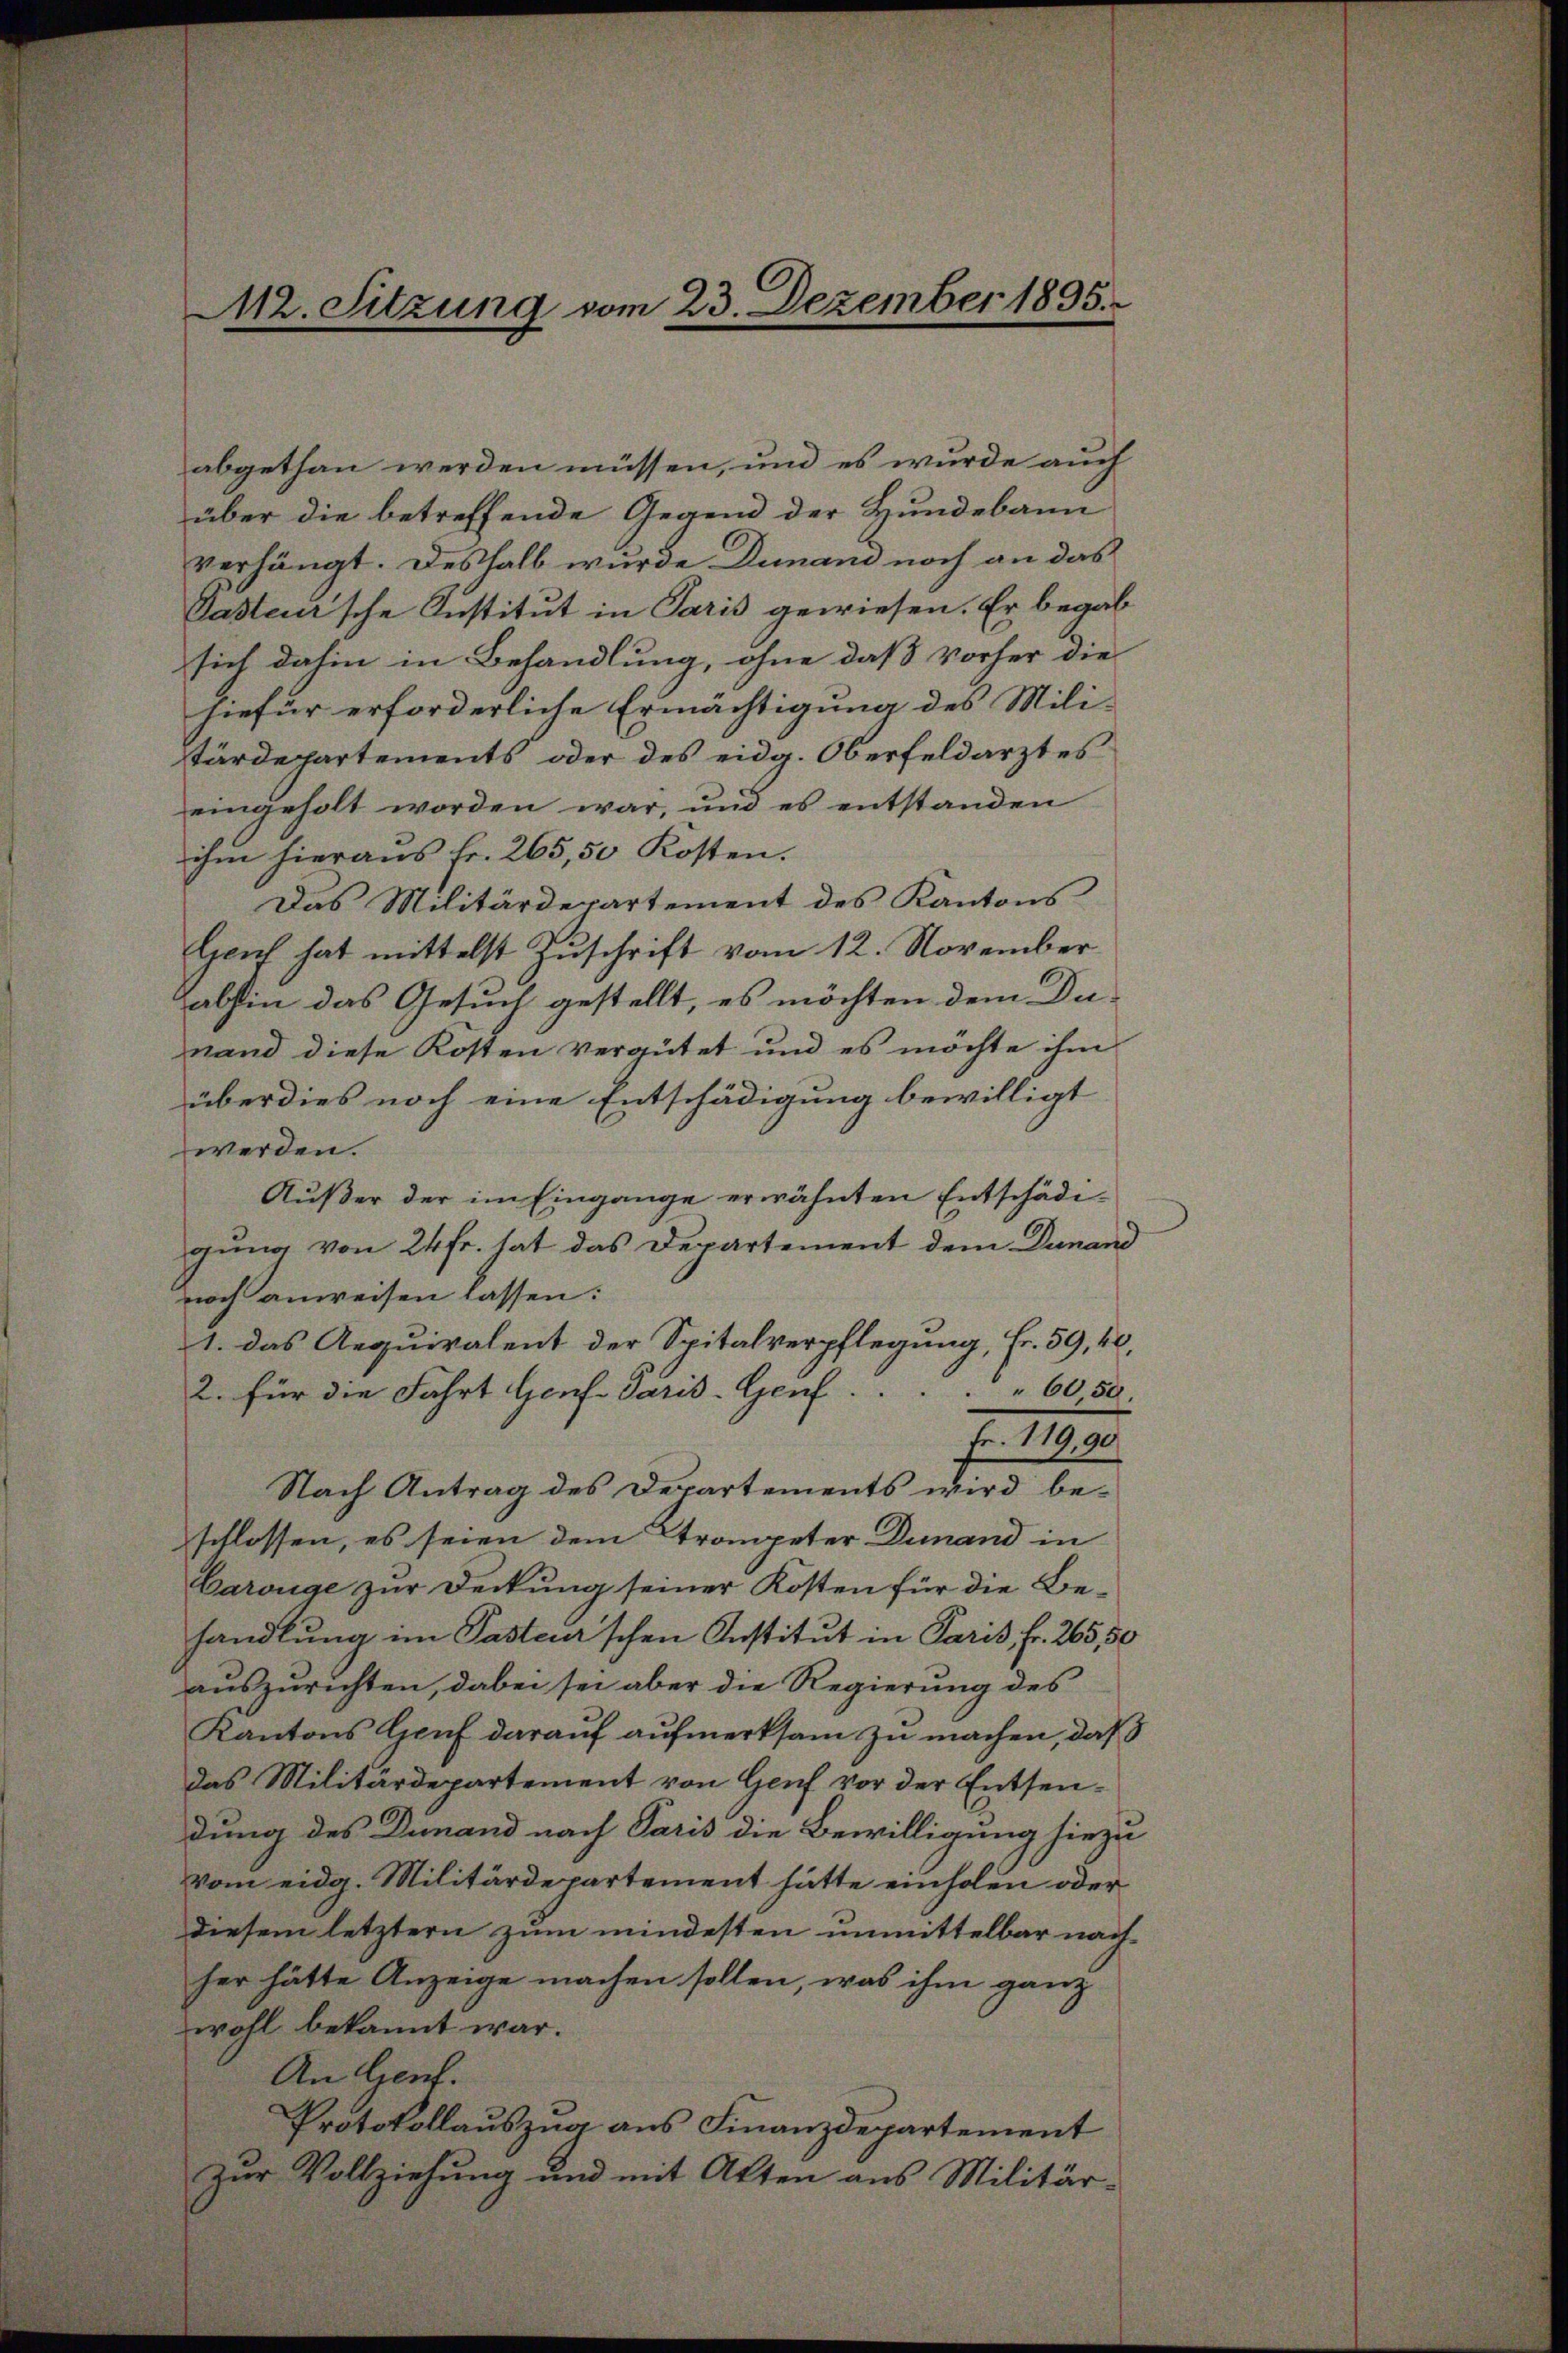
M2. Sitzung vom 23. Dezember 1835.

abgethan werden müssen, und es wurde auch
über die betreffende Gegend der Hundebann
verhängt. Deshalb wurde Dunand noch an das
Paster’sche Institut in Paris gewiesen. Er begab
sich dahin in Behandlung, ohne daß vorher die
hiefür erforderliche Ermächtigung des Mili-
tärdepartements oder des eidg. Oberfeldarztes
eingeholt worden war, und es entstanden
ihm hieraus fr. 265, 50 Kosten.
Das Militärdepartement des Kantons-
Genf hat mittelst Zuschrift vom 12. November
abstin das Gesuch gestellt, es möchten dem Dunand diese Kosten vergütet und es möchte ihm
überdies noch eine Entschädigung bewilligt
werden.
Außer der im Eingange erwähnten Entschädigung von 24fr. hat das Departement dem Dunand
noch anweisen lassen:
1. das Aequivalent der Spitalverpflegung, Fr. 59, 40,
2. für die Fahrt Genf Paris-Genf . . . . 6050
Fr. 119,90
Nach Antrag des Departements wird beschlossen, es seien dem Trompeter Dunand in
Carouge zur Deckung seiner Kosten für die Behandlung im Paster’schen Institut in Paris, fr. 265,50
auszurichten, dabei sei aber die Regierung des
Kantons Genf darauf aufmerksam zu machen, daß
das Militärdepartement von Genf vor der Entsendung des Dunand nach Paris die Bewilligung hiezu
vom eidg. Militärdepartement hätte einholen oder
diesem letztern zum mindesten unmittelbar nachher hätte Anzeige machen sollen, was ihm ganz
wohl bekannt war.
An Genf.
Protokollauszug aus Finanzdepartement
zŭr Vollziehŭng und mit Akten aus Militär-